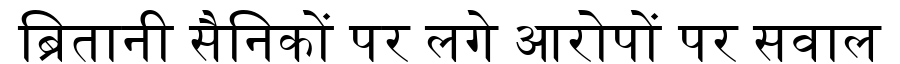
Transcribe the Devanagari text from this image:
ब्रितानी सैनिकों पर लगे आरोपों पर सवाल